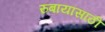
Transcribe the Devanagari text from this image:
रुबायांसाठी